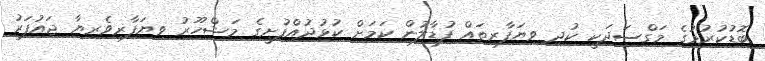
ބޮޑުކުރުމުގެ މަގްސަދަކީ ކުދި ވިޔަފާރިތައް ފުޑާލުން ކަމަށް ކުޅުދުއްފުށީގެ މަޝްހޫރު ވިޔަފާރިވެރިޔާ ޖައުފަރު